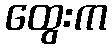
ထွေးက